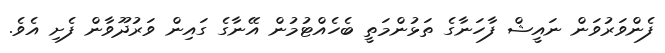
ފެންވަރުވަން ނައީޝް ފާހަނާގެ ތަޅުންމަތީ ބެހެއްޓުމުން އޭނާގެ ގައިން ވަރުދޫވާން ފެށި އެވެ.